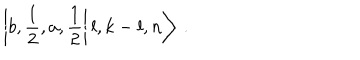
LaTeX: \left| \left. b , \frac { 1 } { 2 } , a , \frac { 1 } { 2 } \right| l , k - l , n \right\rangle \: .